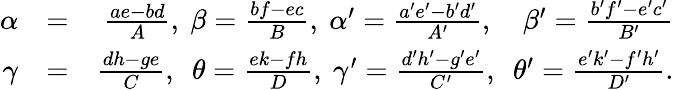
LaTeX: \begin{array}{rlr}{\alpha}&{=}&{\frac{ae-bd}{A},~\beta=\frac{bf-ec}{B},~\alpha^{\prime}=\frac{a^{\prime}e^{\prime}-b^{\prime}d^{\prime}}{A^{\prime}},~~~~\beta^{\prime}=\frac{b^{\prime}f^{\prime}-e^{\prime}c^{\prime}}{B^{\prime}}}\\ {\gamma}&{=}&{\frac{dh-ge}{C},~~\theta=\frac{ek-fh}{D},~\gamma^{\prime}=\frac{d^{\prime}h^{\prime}-g^{\prime}e^{\prime}}{C^{\prime}},~~\theta^{\prime}=\frac{e^{\prime}k^{\prime}-f^{\prime}h^{\prime}}{D^{\prime}}.}\end{array}